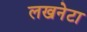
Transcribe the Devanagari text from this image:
लखनेटा